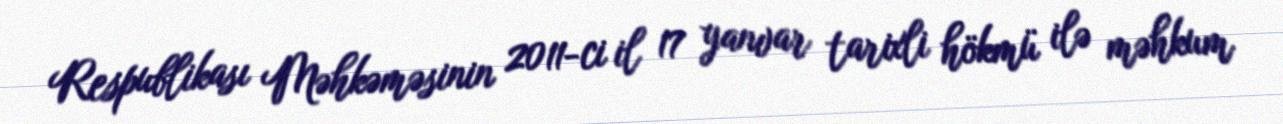
Respublikası Məhkəməsinin 2011-ci il 17 yanvar tarixli hökmü ilə məhkum